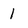
Character: 1